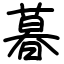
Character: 暮